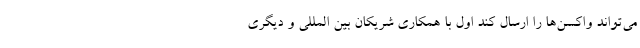
می‌تواند واکسن‌ها را ارسال کند اول با همکاری شریکان بین المللی و دیگری